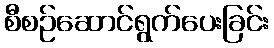
စီစဉ်ဆောင်ရွက်ပေးခြင်း